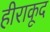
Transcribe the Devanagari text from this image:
हीराकूद